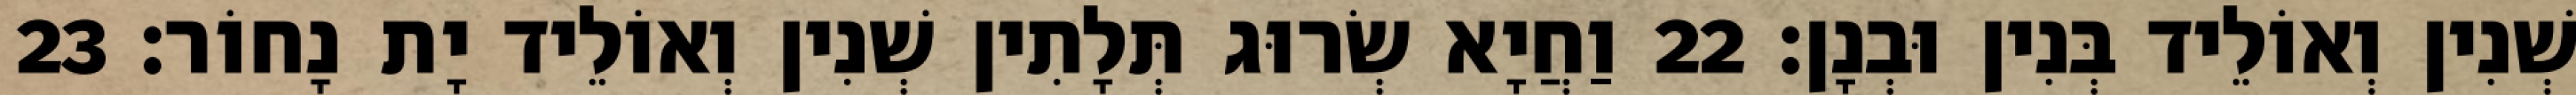
שְׁנִין וְאוֹלֵיד בְּנִין וּבְנָן׃ 22 וַחֲיָא שְׂרוּג תְּלָתִין שְׁנִין וְאוֹלֵיד יָת נָחוֹר׃ 23